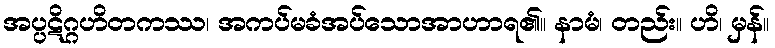
အပ္ပဋိဂ္ဂဟိတကဿ၊ အကပ်မခံအပ်သောအာဟာရ၏။ နာမံ၊ တည်း။ ဟိ၊ မှန်။